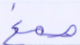
صمغ